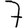
Digit: 7